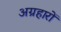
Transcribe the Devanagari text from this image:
अग्रहारों